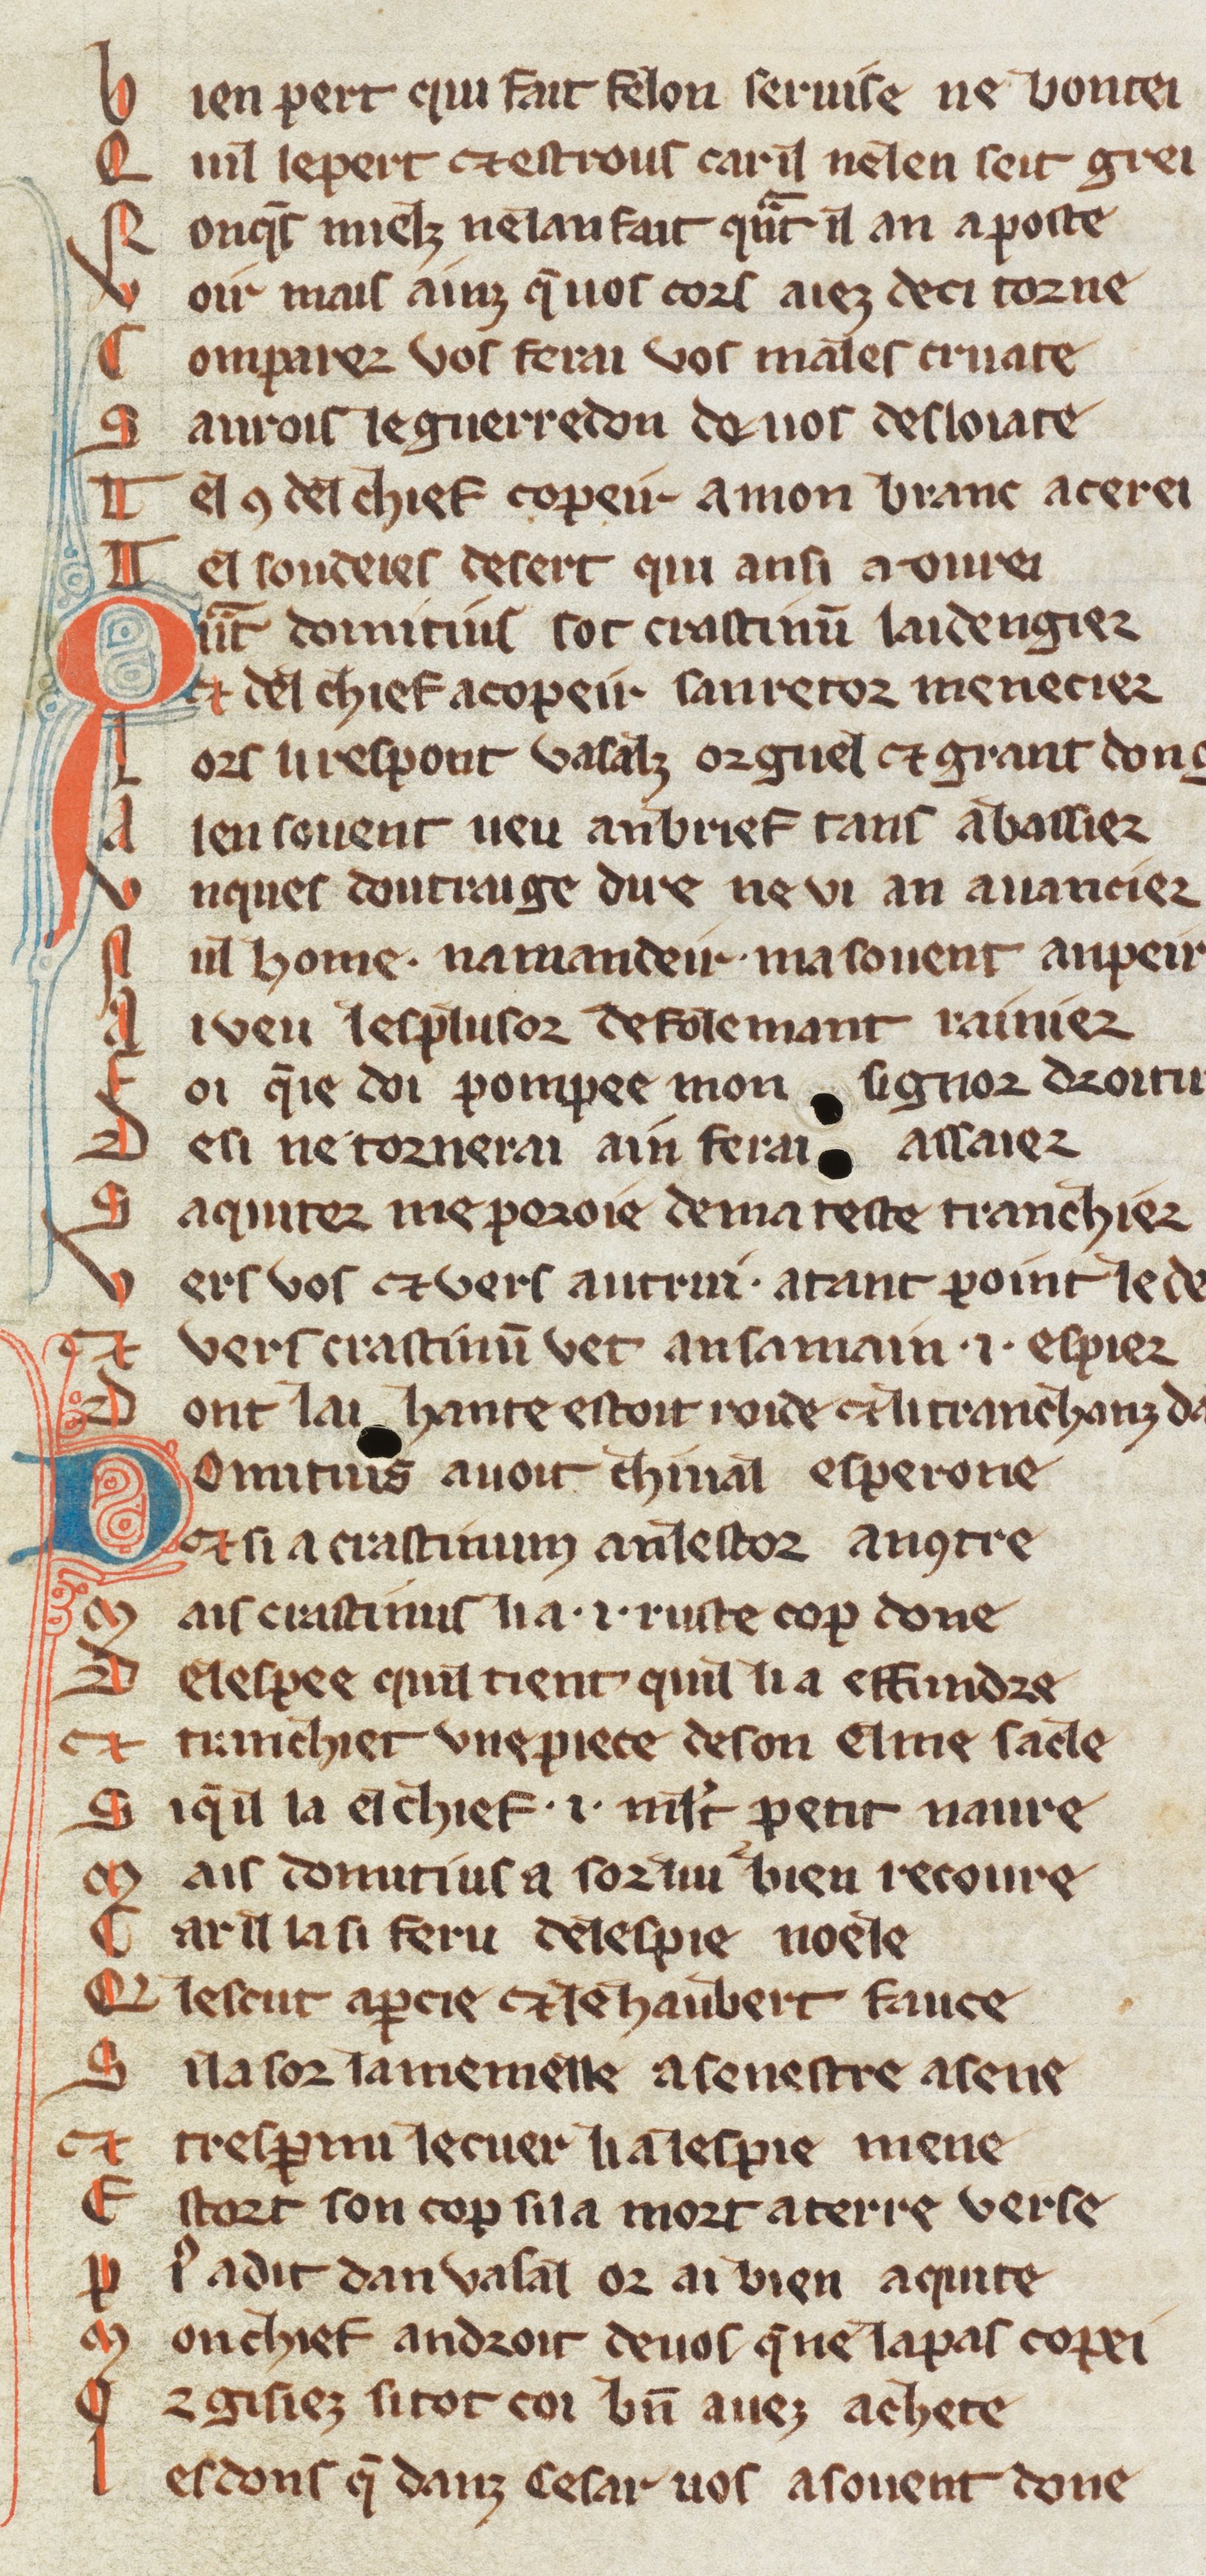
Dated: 1270–1330